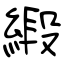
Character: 緞